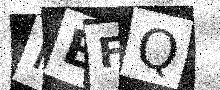
Text: PBFQ